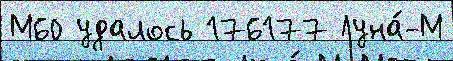
М60 удалось 176177 Луна́-М